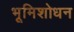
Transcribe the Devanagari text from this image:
भूमिशोधन